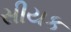
સીયક